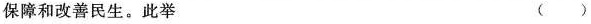
保障和改善民生。此举 （ ）